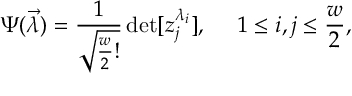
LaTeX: \Psi ( \vec { \lambda } ) = \frac { 1 } { \sqrt { \frac { w } { 2 } ! } } \operatorname * { d e t } [ z _ { j } ^ { \lambda _ { i } } ] , \; \; \; \; \; 1 \leq i , j \leq \frac { w } { 2 } ,